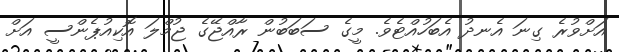
އަށްވުރެ ގިނަ އެނދު އެބަހުއްޓެވެ. މީގެ ސަބަބުން ރާއްޖޭގެ ޖުމްލަ އޮކިއުޕެންސީ އަށް